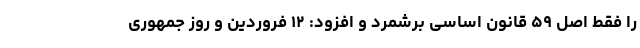
را فقط اصل ۵۹ قانون اساسی برشمرد و افزود: ۱۲ فروردین و روز جمهوری